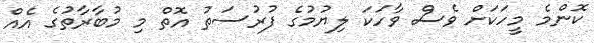
ކޮންމެ މީހަކަށް ވެސް ވާހަކަ ލިޔުމުގެ ފުރުސަތު އޮތް މި މުބާރާތުގެ އެއް